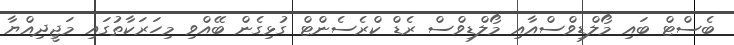
ބެސްޓް ބައި މޯލްޑިވްސްއާއި މޯލްޑިވްސް ރެޑް ކްރެސެންޓް ގުޅިގެން ބޭއްވި މިހަރަކާތުގައި މަޖީދިއްޔާ